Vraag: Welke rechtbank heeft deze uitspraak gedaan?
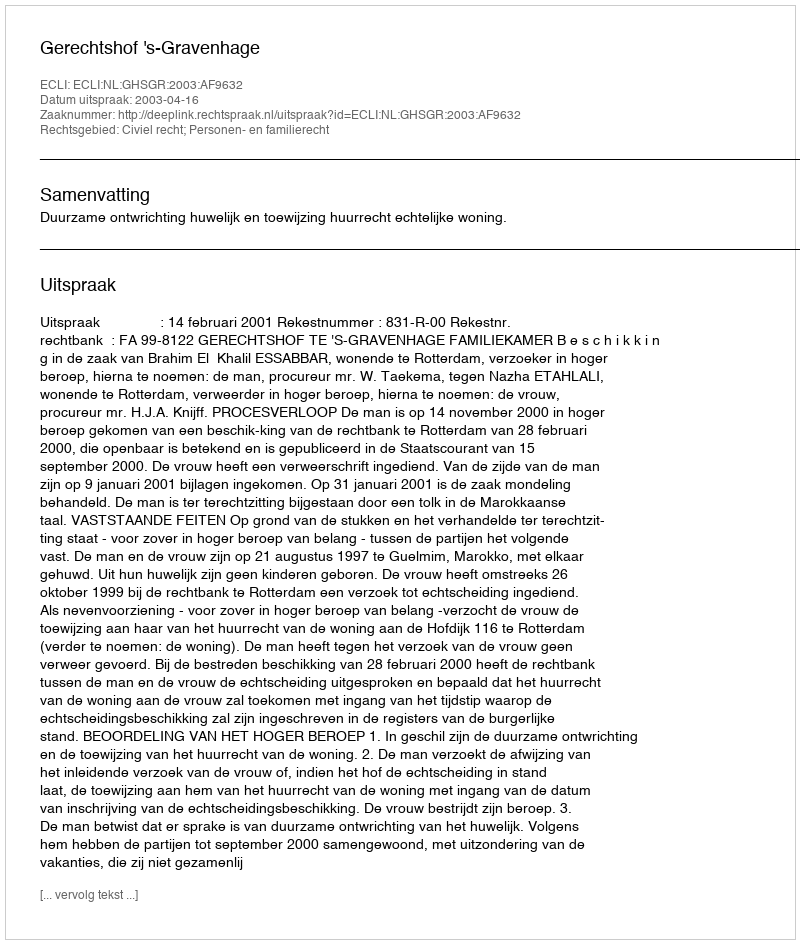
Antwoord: Gerechtshof 's-Gravenhage